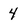
Character: 4